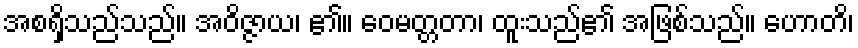
အစရှိသည်သည်။ အဝိဇ္ဇာယ၊ ၏။ ဝေမတ္တတာ၊ ထူးသည်၏ အဖြစ်သည်။ ဟောတိ၊